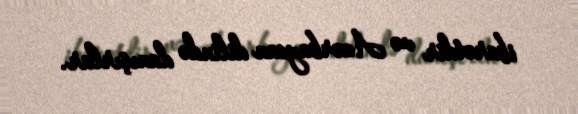
ibarətdir və Azərbaycan dilində danışırlar.